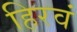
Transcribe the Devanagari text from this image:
हिरवं